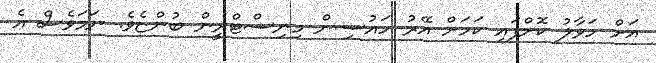
އަށް ހަވާލު ކޮށްފައި ކަމަށް އޭރު ހައުސިން މިނިސްޓްރީން ބުންޏެވެ. ނަމަވެސް އެ